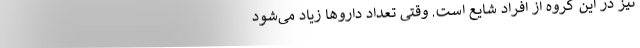
نیز در این گروه از افراد شایع است. وقتی تعداد داروها زیاد می‌شود